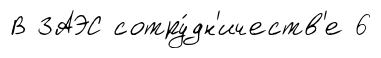
В ЗАЭС сотру́дн'ичеств'е 6